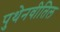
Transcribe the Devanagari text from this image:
पुथेनवीतिल